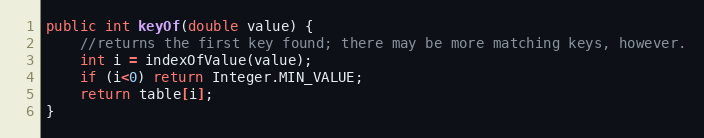
Language: Java
public int keyOf(double value) {
	//returns the first key found; there may be more matching keys, however.
	int i = indexOfValue(value);
	if (i<0) return Integer.MIN_VALUE;
	return table[i];
}